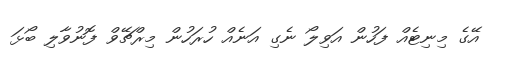
އޭގެ މިނިޓެއް ފަހުން އަވިލޯ ނެގި އަނެއް ހުރަހުން މިރްޗޭވް ފޮނުވާލި ބޯޅަ